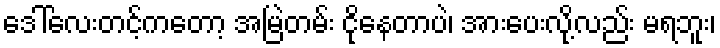
ဒေါ်လေးတင့်ကတော့ အမြဲတမ်း ငိုနေတာပဲ၊ အားပေးလို့လည်း မရဘူး၊